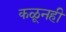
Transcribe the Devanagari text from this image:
कळूनही